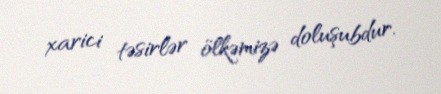
xarici təsirlər ölkəmizə doluşubdur.